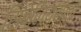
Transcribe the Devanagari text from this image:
सिबेलियसला